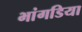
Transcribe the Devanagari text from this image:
भांगडिया